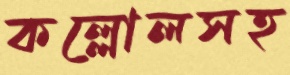
কল্লোলসহ